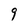
Character: 9